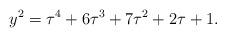
LaTeX: \begin{align*}y^2=\tau^4 + 6 \tau^3 + 7 \tau^2 + 2 \tau + 1.\end{align*}